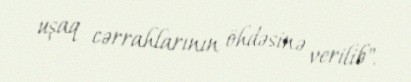
uşaq cərrahlarının öhdəsinə verilib".